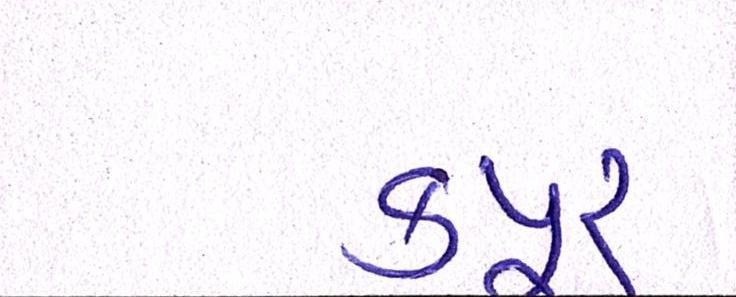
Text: કપુર